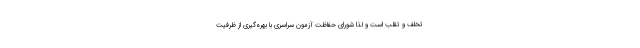
تخلف و تقلب است و لذا شورای حفاظت آزمون سراسری با بهره‌گیری از ظرفیت